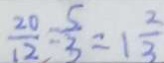
\frac { 2 0 } { 1 2 } = \frac { 5 } { 3 } = 1 \frac { 2 } { 3 }